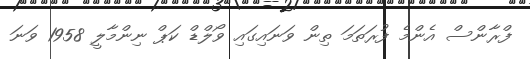
ފްރާންސް އެންމެ ފުރަތަމަ ތިން ވަނައިގައި ވޯލްޑް ކަޕް ނިންމާލީ 1958 ވަނަ